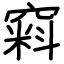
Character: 窲